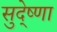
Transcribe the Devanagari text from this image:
सुदे्ष्णा